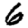
Digit: 6